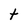
Character: t